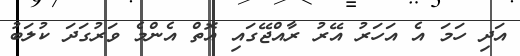
އަދި ހަމަ އެ އަހަރު އޭރު ރާއްޖޭގައި އޮތް އެންމެ ވަރުގަދަ ކުލަބު